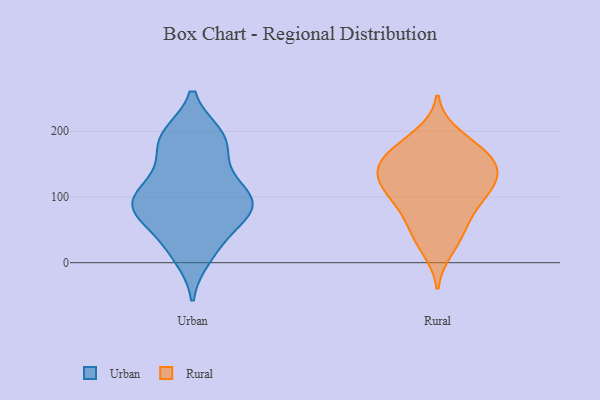
{"axis": {"x": "Bounce Rate (%)", "y": "Value"}, "legend": ["Rural", "Urban"], "data": [{"x": "", "y": 187, "type": "Urban"}, {"x": "", "y": 193, "type": "Urban"}, {"x": "", "y": 79, "type": "Urban"}, {"x": "", "y": 24, "type": "Urban"}, {"x": "", "y": 10, "type": "Urban"}, {"x": "", "y": 105, "type": "Urban"}, {"x": "", "y": 179, "type": "Urban"}, {"x": "", "y": 69, "type": "Urban"}, {"x": "", "y": 71, "type": "Urban"}, {"x": "", "y": 87, "type": "Urban"}, {"x": "", "y": 89, "type": "Urban"}, {"x": "", "y": 91, "type": "Urban"}, {"x": "", "y": 127, "type": "Urban"}, {"x": "", "y": 144, "type": "Urban"}, {"x": "", "y": 188, "type": "Urban"}, {"x": "", "y": 95, "type": "Urban"}, {"x": "", "y": 112, "type": "Urban"}, {"x": "", "y": 193, "type": "Urban"}, {"x": "", "y": 23, "type": "Urban"}, {"x": "", "y": 75, "type": "Urban"}, {"x": "", "y": 141, "type": "Rural"}, {"x": "", "y": 36, "type": "Rural"}, {"x": "", "y": 181, "type": "Rural"}, {"x": "", "y": 161, "type": "Rural"}, {"x": "", "y": 140, "type": "Rural"}, {"x": "", "y": 154, "type": "Rural"}, {"x": "", "y": 169, "type": "Rural"}, {"x": "", "y": 103, "type": "Rural"}, {"x": "", "y": 20, "type": "Rural"}, {"x": "", "y": 86, "type": "Rural"}, {"x": "", "y": 58, "type": "Rural"}, {"x": "", "y": 110, "type": "Rural"}, {"x": "", "y": 130, "type": "Rural"}, {"x": "", "y": 109, "type": "Rural"}, {"x": "", "y": 65, "type": "Rural"}, {"x": "", "y": 152, "type": "Rural"}, {"x": "", "y": 195, "type": "Rural"}, {"x": "", "y": 118, "type": "Rural"}]}